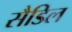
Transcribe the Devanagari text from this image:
सैडिल